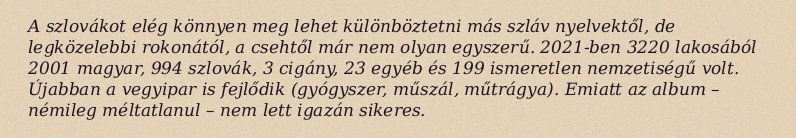
A szlovákot elég könnyen meg lehet különböztetni más szláv nyelvektől, de legközelebbi rokonától, a csehtől már nem olyan egyszerű. 2021-ben 3220 lakosából 2001 magyar, 994 szlovák, 3 cigány, 23 egyéb és 199 ismeretlen nemzetiségű volt. Újabban a vegyipar is fejlődik (gyógyszer, műszál, műtrágya). Emiatt az album – némileg méltatlanul – nem lett igazán sikeres.